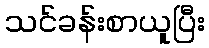
သင်ခန်းစာယူပြီး